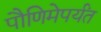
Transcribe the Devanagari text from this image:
पौणिमेपर्यंत